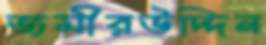
জমীরউদ্দিন